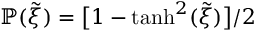
\mathbb { P } ( \tilde { \xi } ) = \big [ 1 - \mathrm { t a n h } ^ { 2 } ( \tilde { \xi } ) \big ] / 2